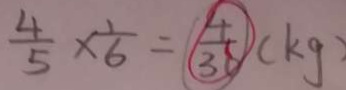
\frac { 4 } { 5 } \times \frac { 1 } { 6 } = \frac { 4 } { 3 6 } ( k g )